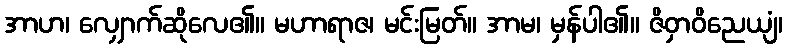
အာဟ၊ လျှောက်ဆိုလေ၏။ မဟာရာဇ၊ မင်းမြတ်။ အာမ၊ မှန်ပါ၏။ ဇိဝှာဝိညေယျံ၊